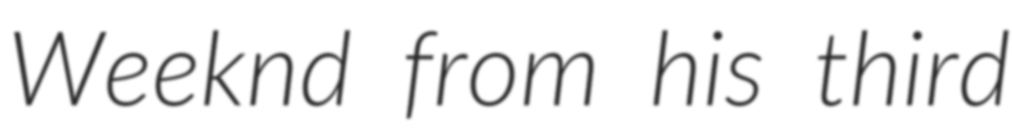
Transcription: Weeknd from his third